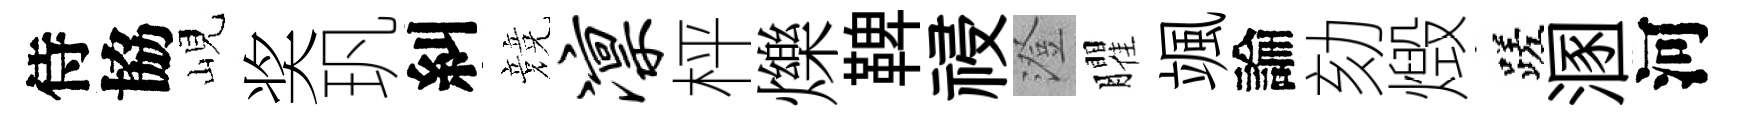
侍協峴奖㺬糾競凛枰爍鞞祲澄臞颯論劾燬蹉溷河